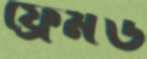
ফ্রেমড